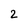
Character: 2